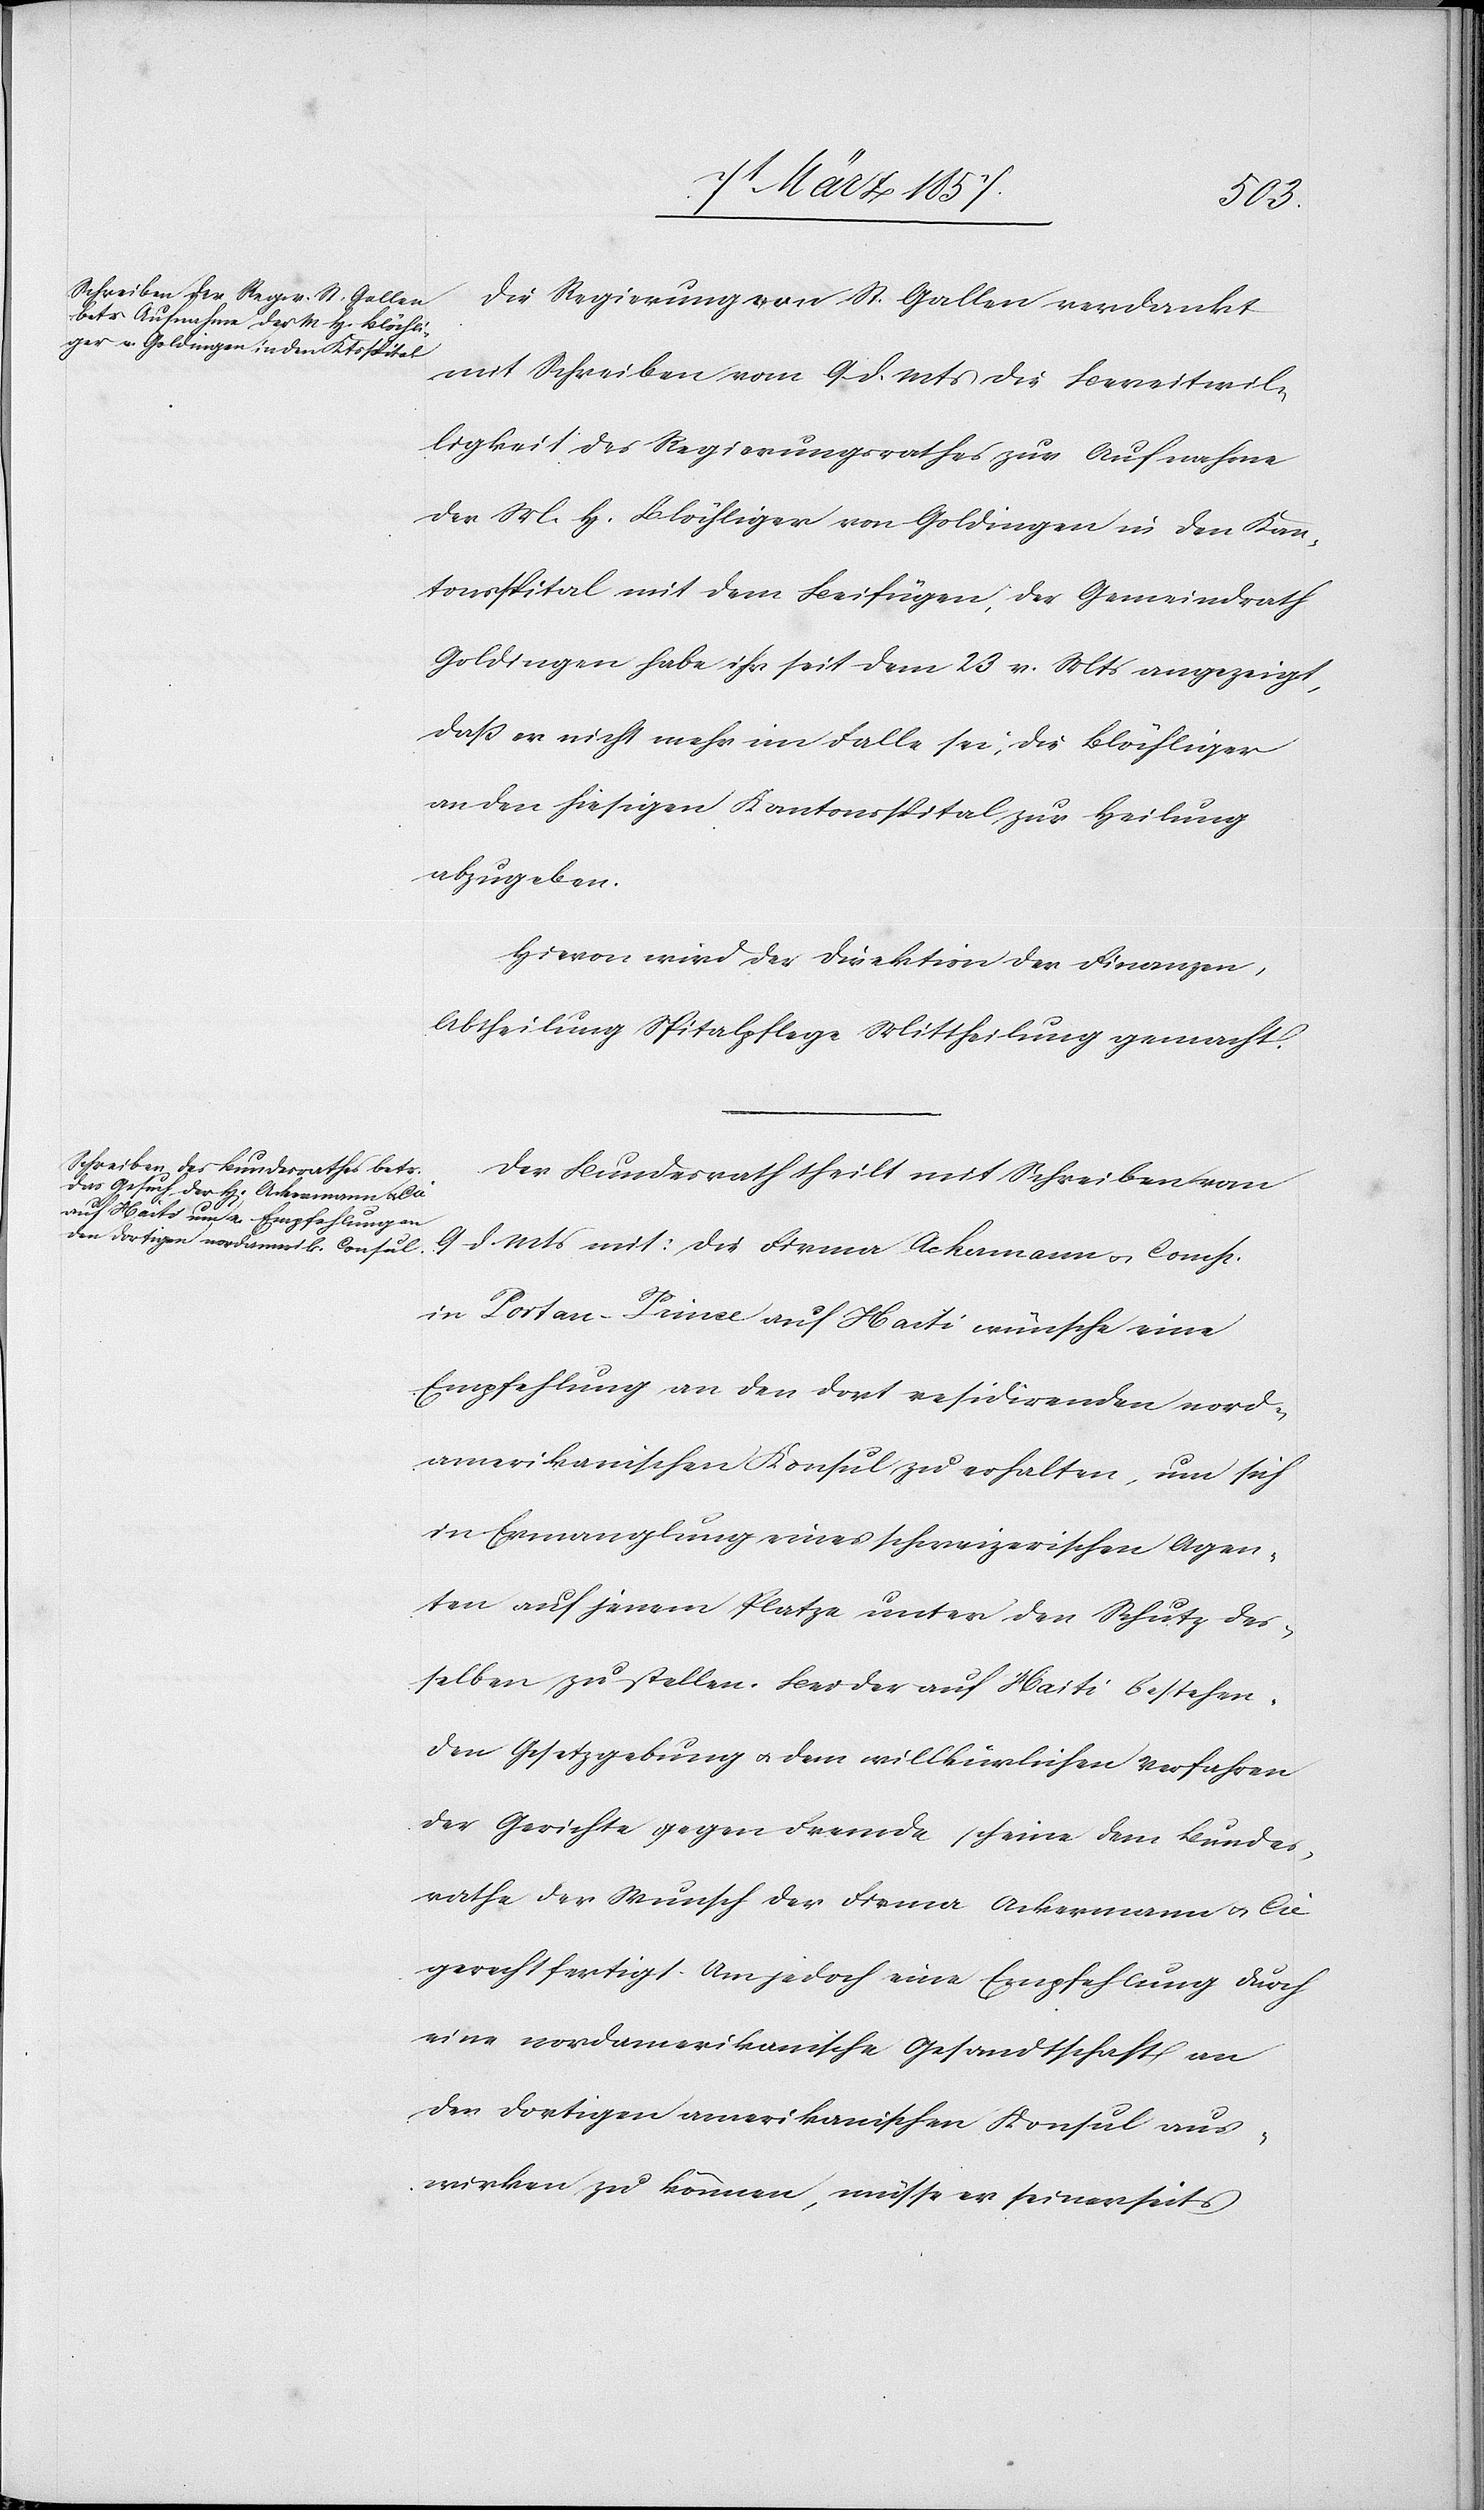
10 März 1857.]
den
Die Regierung von St. Gallen verdankt
mit Schreiben vom 9 d. Mts die Bereitwil¬
ligkeit des Regierungsrathes zur Aufnahme
der M. H. Blöchliger von Goldingen in den Kan¬
tonsspital mit dem Beifügen, der Gemeindrath
Goldingen habe ihr seit dem 23 v. Mts angezeigt,
daß er nicht mehr im Falle sei, die Blöchliger
an den hiesigen Kantonsspital zur Heilung
abzugeben.
Hievon wird die Direktion der Finanzen,
Abtheilung Spitalpflege Mittheilung gemacht.
Der Bundesrath theilt mit Schreiben vom
9 d. Mts mit: Die Firma Ackermann u. Comp.
in Portau-Prince auf Haiti wünsche eine
Empfehlung an den dort residirenden nord¬
amerikanischen Konsul zu erhalten, um sich
in Ermanglung eines schweizerischen Agen¬
ten auf jenem Platze unter den Schutz des¬
selben zu stellen. Bei der auf Haiti bestehen¬
den Gesetzgebung u. dem willkürlichen Verfahren
der Gerichte gegen Fremde scheine dem Bundes¬
rathe der Wunsch der Firma Ackermann u. Cie
gerechtfertigt. Um jedoch eine Empfehlung durch
eine nordamerikanische Gesandtschaft an
den dortigen amerikanischen Konsul aus¬
wirken zu können, müsse er seinerseits